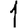
Digit: 1